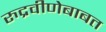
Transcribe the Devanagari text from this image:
रुद्रवीणेबाबत